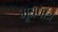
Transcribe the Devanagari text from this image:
मूत्रपात्र